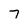
Character: 7